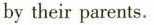
by their parents.